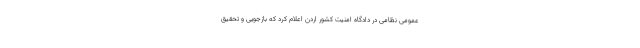
عمومی نظامی در دادگاه امنیت کشور اردن اعلام کرد که بازجویی و تحقیق